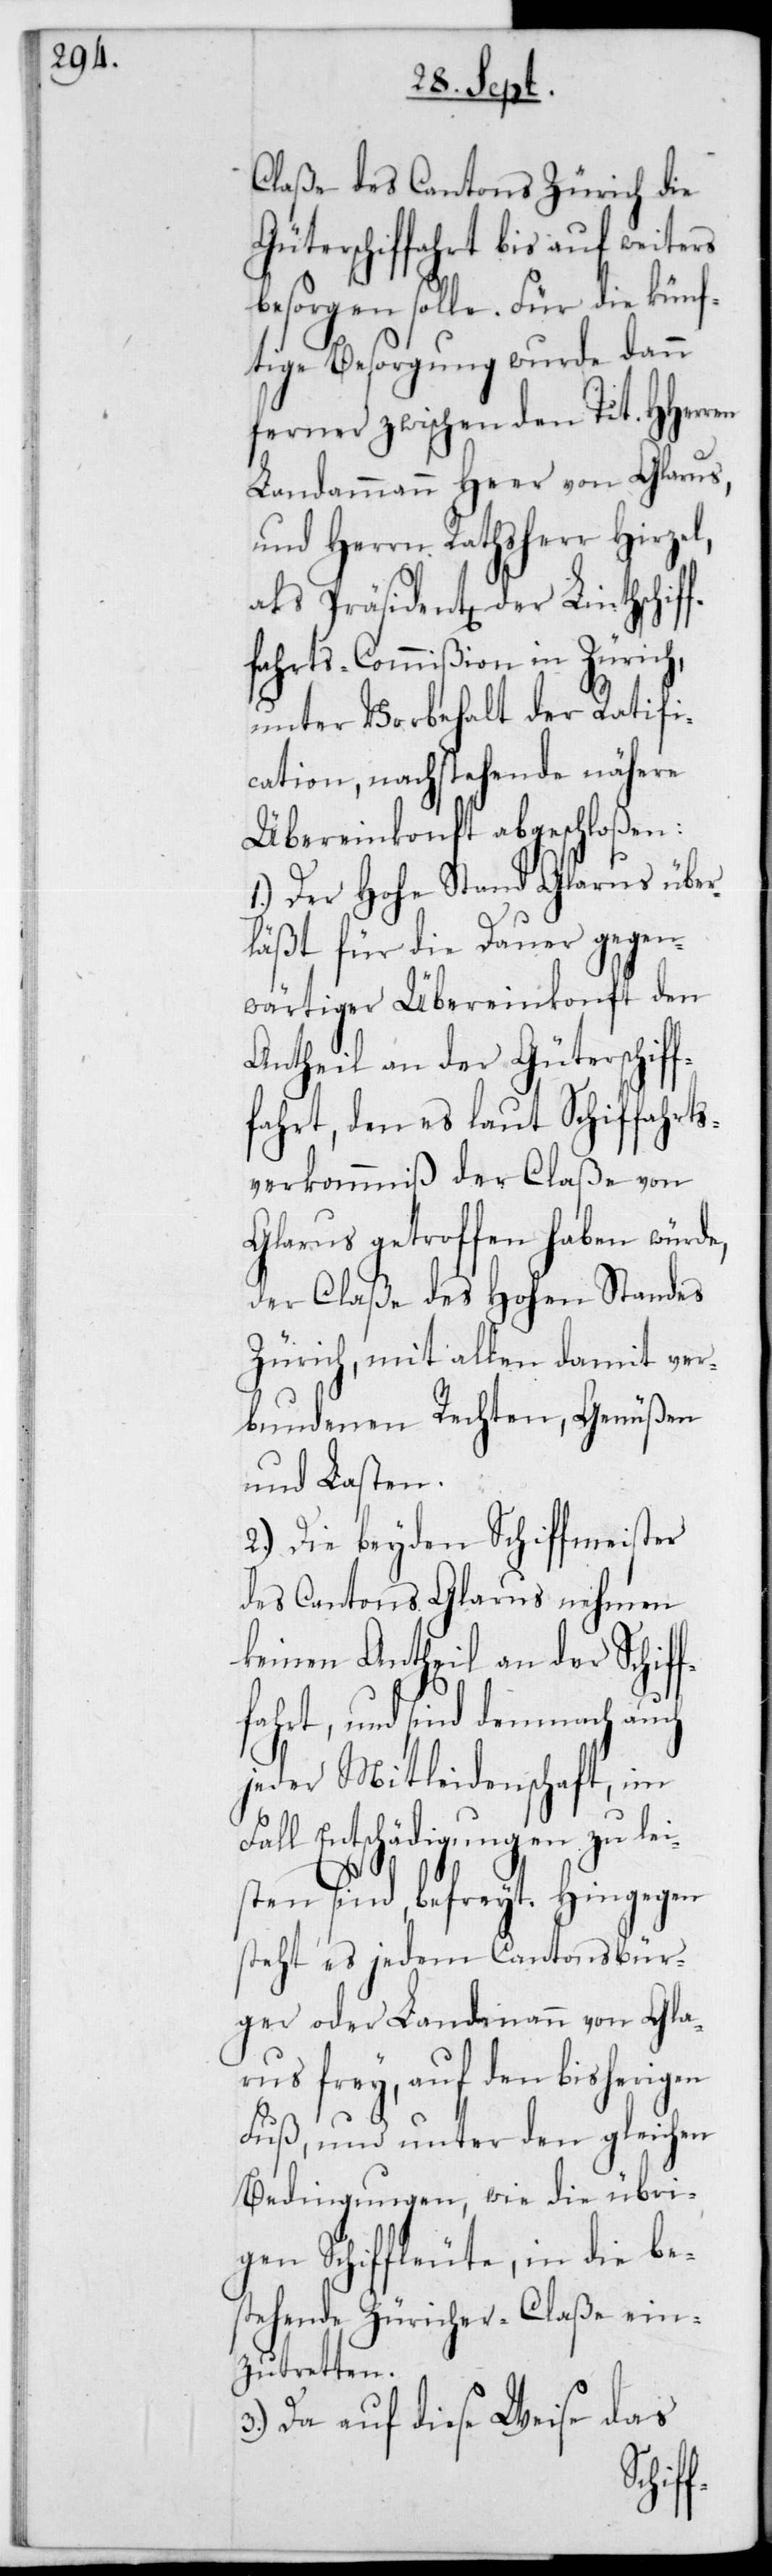
Claße des Cantons Zürich die
Güterschiffahrt bis auf weiters
besorgen solle. Für die künf¬
tige Besorgung wurde dann
ferner zwischen den Tit. HHerren
Landammann Heer von Glarus,
und Herrn Rathsherr Hirzel,
als Präsidenten der Linthschif¬
fahrts-Commißion in Zürich,
unter Vorbehalt der Ratifi¬
cation, nachstehende nähere
Übereinkonft abgeschloßen:
1.) Der Hohe Stand Glarus über¬
läßt für die Dauer gegen¬
wärtiger Übereinkonft den
Antheil an der Güterschif¬
fahrt, den es laut Schiffahrts¬
verkommniß der Claße von
Glarus getroffen haben würde,
der Claße des Hohen Standes
Zürich, mit allen damit ver¬
bundenen Rechten, Genüßen
und Lasten.
2.) Die beyden Schiffmeister
des Cantons Glarus nehmen
keinen Antheil an der Schif¬
fahrt, und sind demnach auch
jeder Mitleidenschaft, im
l Entschädigungen zu lei¬
sten sind, befreyt. Hingegen
steht es jedem Cantonsbür¬
ger oder Landammann von Glar¬
us frey, auf den bisherigen
Fuß und unter den gleichen
Bedingungen, wie die übri¬
gen Schiffleute, in die be¬
stehende Züricher-Claße ein¬
zutretten.
3.) Da auf diese Weise das
Fal¬